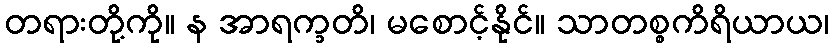
တရားတို့ကို။ န အာရက္ခတိ၊ မစောင့်နိုင်။ သာတစ္စကိရိယာယ၊